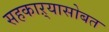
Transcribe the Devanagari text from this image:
सहकाऱ्यासोबत